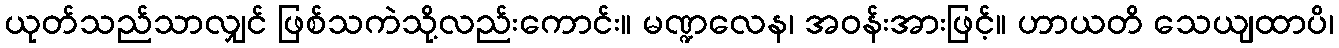
ယုတ်သည်သာလျှင် ဖြစ်သကဲသို့လည်းကောင်း။ မဏ္ဍလေန၊ အဝန်းအားဖြင့်။ ဟာယတိ သေယျထာပိ၊